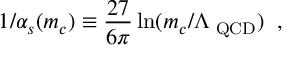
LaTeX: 1 / \alpha _ { s } ( m _ { c } ) \equiv { \displaystyle \frac { 2 7 } { 6 \pi } } \ln ( m _ { c } / \Lambda _ { \mathrm { { \footnotesize ~ Q C D } } } ) \; \; ,